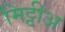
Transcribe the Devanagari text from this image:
मिट्टीअ